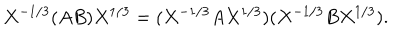
LaTeX: X ^ { - 1 / 3 } ( A B ) X ^ { 1 / 3 } = ( X ^ { - 1 / 3 } A X ^ { 1 / 3 } ) ( X ^ { - 1 / 3 } B X ^ { 1 / 3 } ) .